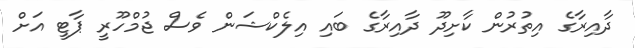
ދާއިރާގެ އިތުރުން ކާށިދޫ ދާއިރާގެ ބައި އިލެކްޝަން ވެސް ޖުމްހޫރީ ޕާޓީ އަށް